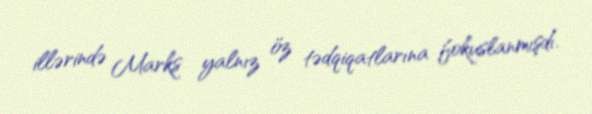
illərində Marks yalnız öz tədqiqatlarına fokuslanmışdı.